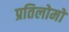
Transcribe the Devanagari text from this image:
प्रतिलोमों